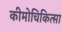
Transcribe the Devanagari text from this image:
कीमोचिकित्सा